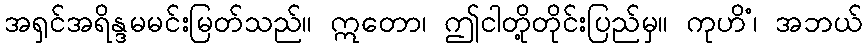
အရှင်အရိန္ဒမမင်းမြတ်သည်။ ဣတော၊ ဤငါတို့တိုင်းပြည်မှ။ ကုဟိံ၊ အဘယ်